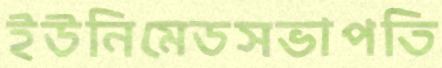
ইউনিমেডসভাপতি